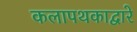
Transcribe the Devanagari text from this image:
कलापथकाद्वारे